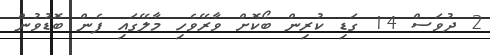
2 ދުވަސް 14 ގަޑި ކުރިން ބޯކޮށް ވާރޭވެހި މާލޭގައި ފެން ބޮޑުވުން